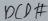
Text: DCD#